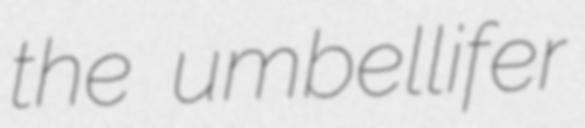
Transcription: the umbellifer